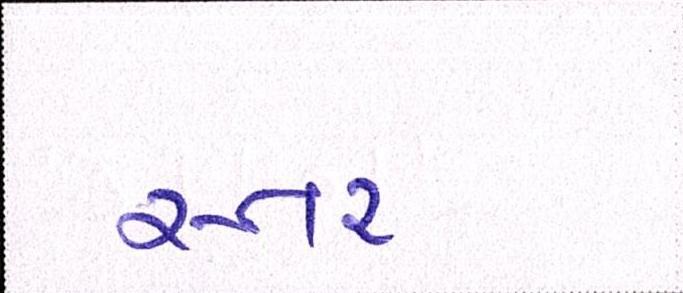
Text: સ્તર